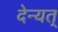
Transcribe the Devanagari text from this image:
देन्यत्